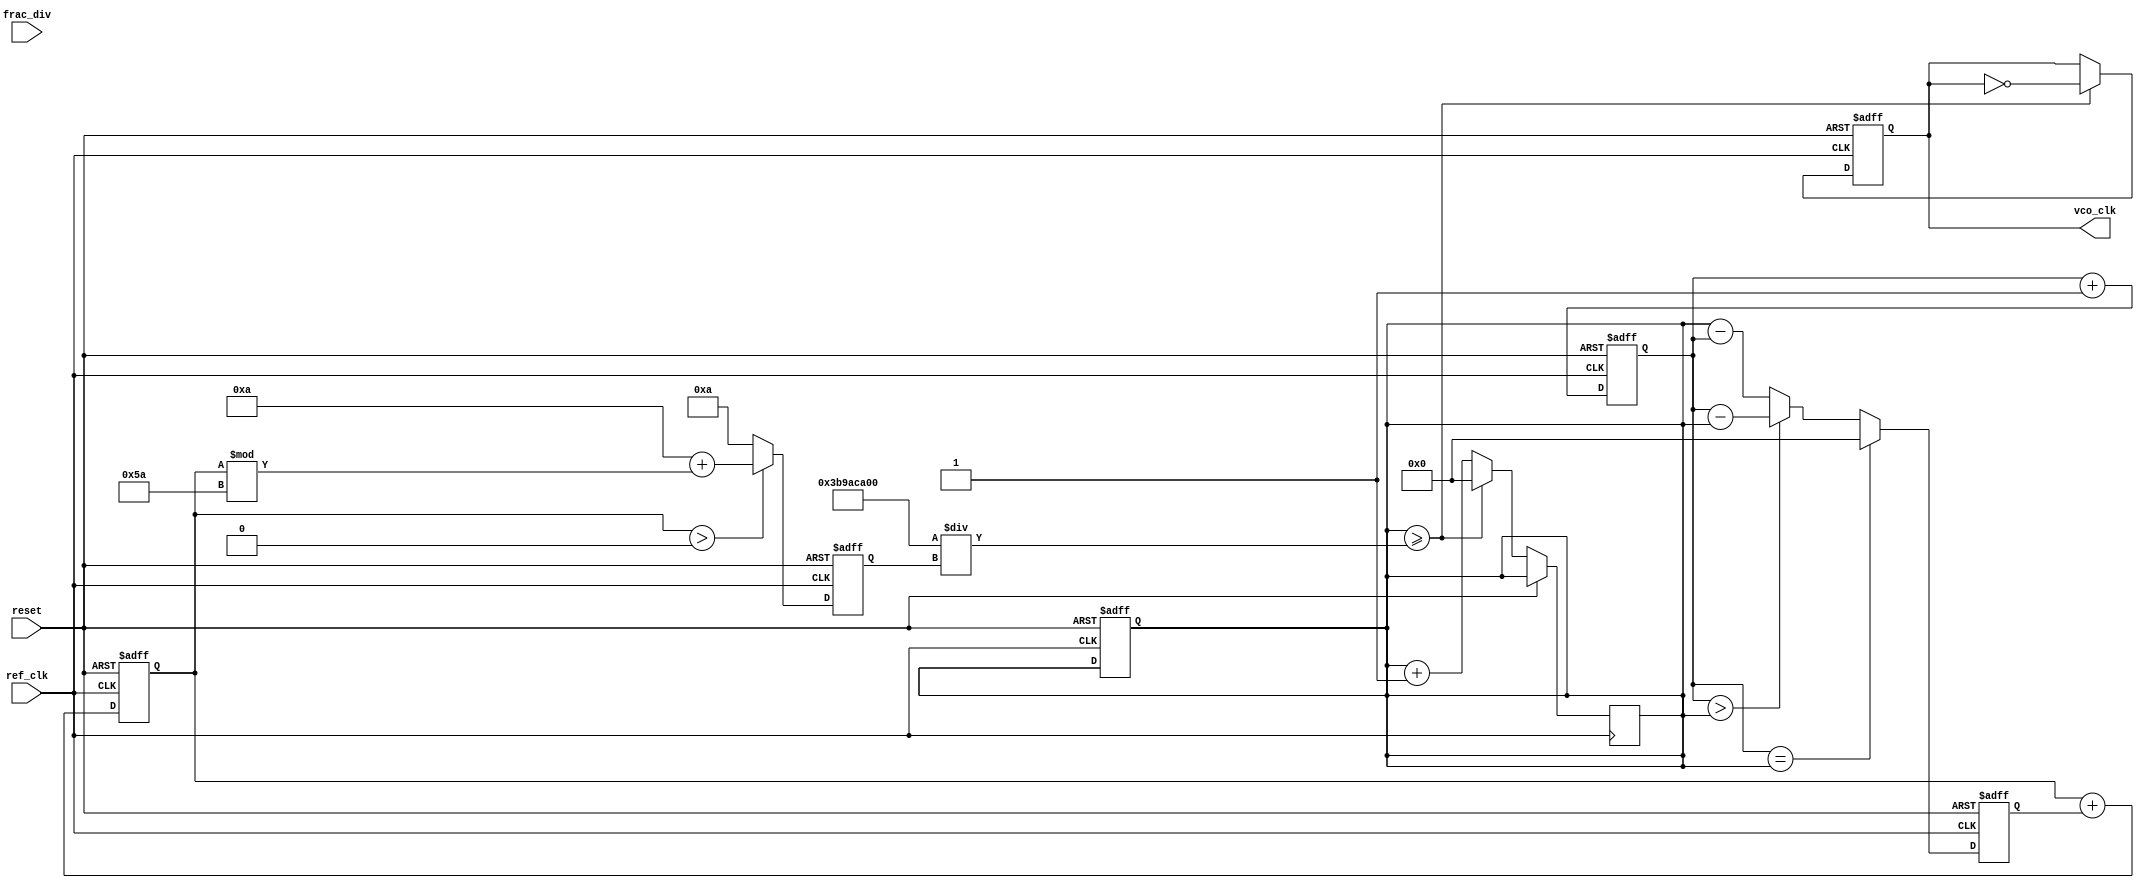
module fractional_PLL (
    input wire ref_clk,          // Reference clock input
    input wire reset,           // Reset signal
    input wire [15:0] frac_div, // Fractional division ratio
    output reg vco_clk          // Output clock from VCO
);

// Parameters
parameter VCO_MAX_FREQ = 100; // Maximum frequency of VCO
parameter VCO_MIN_FREQ = 10;   // Minimum frequency of VCO

// Internal signals
reg [31:0] phase_error;         // Phase error signal
reg [31:0] control_voltage;      // Control voltage for VCO
reg [31:0] vco_freq;            // Current frequency of VCO
reg [31:0] feedback_counter;     // Feedback counter for VCO
reg [31:0] ref_counter;          // Reference counter for phase comparison

// Phase Detector
always @(posedge ref_clk or posedge reset) begin
    if (reset) begin
        phase_error <= 0;
        ref_counter <= 0;
        feedback_counter <= 0;
    end else begin
        // Increment reference counter
        ref_counter <= ref_counter + 1;

        // Compare phase (simplified)
        if (ref_counter == feedback_counter) begin
            phase_error <= 0; // In phase
        end else if (ref_counter > feedback_counter) begin
            phase_error <= ref_counter - feedback_counter; // Leading
        end else begin
            phase_error <= feedback_counter - ref_counter; // Lagging
        end
    end
end

// Loop Filter (Simple Proportional Filter)
always @(posedge ref_clk or posedge reset) begin
    if (reset) begin
        control_voltage <= 0;
    end else begin
        // Simple proportional control
        control_voltage <= control_voltage + phase_error;
    end
end

// Voltage-Controlled Oscillator (VCO)
always @(posedge ref_clk or posedge reset) begin
    if (reset) begin
        vco_freq <= VCO_MIN_FREQ; // Initialize VCO frequency
        vco_clk <= 0;              // Initialize output clock
    end else begin
        // Adjust VCO frequency based on control voltage
        if (control_voltage > 0) begin
            vco_freq <= VCO_MIN_FREQ + (control_voltage % (VCO_MAX_FREQ - VCO_MIN_FREQ));
        end else begin
            vco_freq <= VCO_MIN_FREQ; // Maintain minimum frequency
        end

        // Generate VCO clock based on frequency
        if (feedback_counter >= (1000000000 / vco_freq)) begin // Assuming 1 GHz ref_clk
            vco_clk <= ~vco_clk; // Toggle output clock
            feedback_counter <= 0; // Reset feedback counter
        end else begin
            feedback_counter <= feedback_counter + 1; // Increment feedback counter
        end
    end
end

endmodule